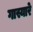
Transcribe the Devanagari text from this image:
गास्यारे